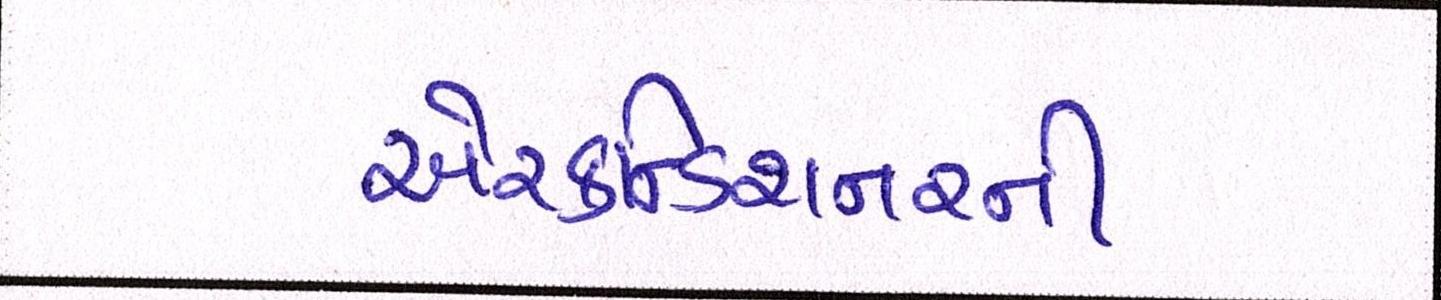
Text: એરકન્ડિશનરની